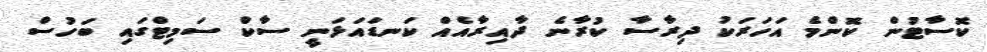
ކޮސާޓުން ކޮންމެ އަހަރަކު ދިރާސާ ކުރާނެ ދާއިރާއެއް ކަނޑައަޅަނީ ސާކް ސަމިޓްގައި ބަހުސް